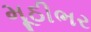
મૂઠીભર